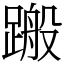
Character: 𨃟